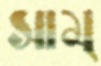
সাম্